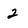
Character: 2